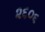
૨૬૦૬